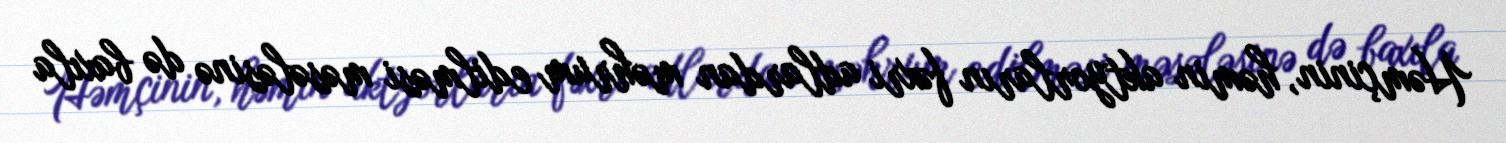
Həmçinin, həmin aktyorların fəxri adlardan məhrum edilməsi məsələsinə də baxıla